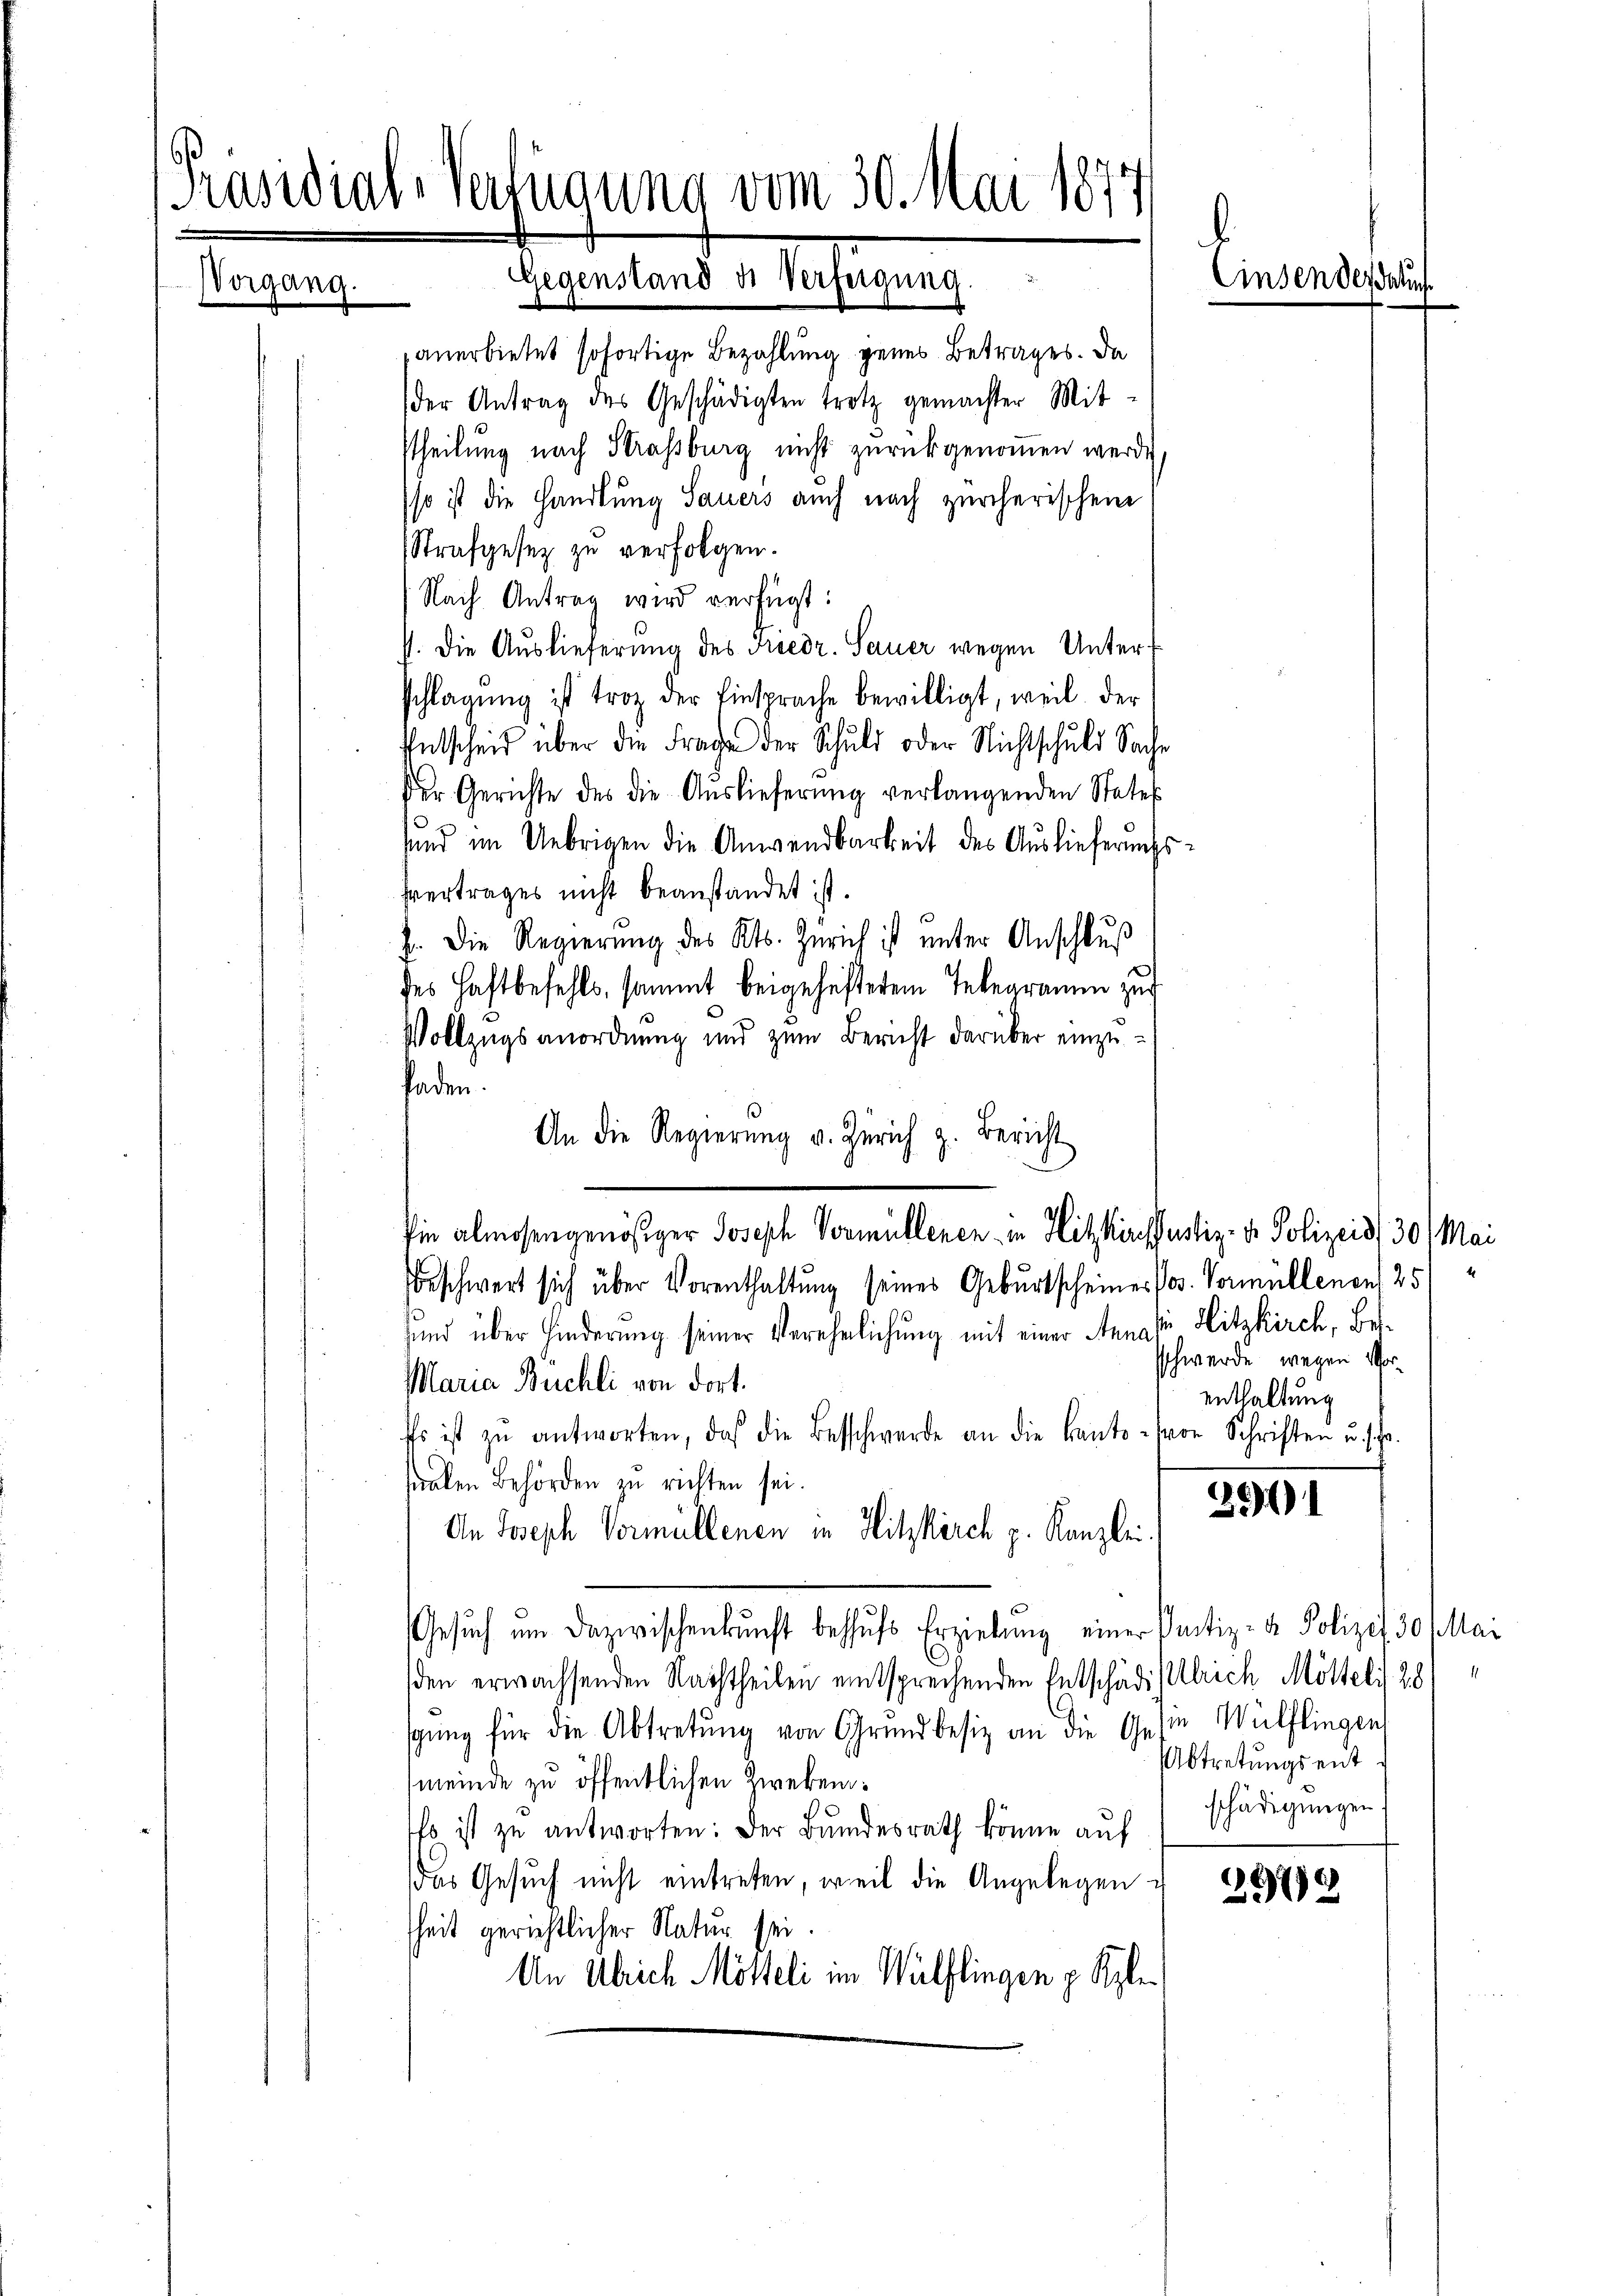
anerbietet sofortige Bezahlung genes Betrages. Da
der Antrag des Geschädigten trotz gemachter Mit-
ttheilung nach Strassburg nicht zurückgenommen werde,
so ist die Handlung Sauers auch nach zürcherischen
Strafgesez zu verfolgen.
Nach Antrag wird verfügt:
P. Die Auslieferung des Friedr. Sauer wegen Unter
schlagung ist trotz der Einsprache bewilligt, weil der
Entscheid über die Frage der Schuld oder Nichtschuld Sache
Der Gerichte des die Auslieferung verlangenden States
und im Uebrigen die Anwendbarkeit des Auslieferungs¬
Vertrages nicht beanstandet ist.
J. Die Regierung des Kts. Zürich ist unter Anschluß
ses Haftbefehls, sammt beigehesterem Telegramm zur
Vollzugsanordnung und zum Bericht darüber einzufaden.
An die Regierŭng u. Zürich z. Bericht
Ein almosen genössiger Joseph Vormüllenen in Hitzkirfsustiz- & Polizeid 30 / Mai
Beschwert sich über Vorenthaltung seines Geburtscheines Jos. Vormüllenen 25
sund über Hinderung seiner Verehelichung mit einer Annas - Hitzkirch, Besschwerde, wegen Vor¬
Maria Buchli von dort.
enthaltung
Es ist zŭ antworten, daß die Beschwerde an die Kanto von Schriften u. schr.
ralen Behörden zu richten sei.
264)
An Joseph Vormullenen in Hitzkirch p. Kanzlei.
Gesŭch um dazwischenkunft behŭfs Erzielung einer Partiz- & Polizei 30 Mai
den erwachsenden Nachtheilen entsprechenden Entschädigstelleich Möltelis 281
gŭng für die Abtretung von Grundbesiz an die Geste Wülflingen
Abtretungsent
meinde zu öffentlichen Zwekenschädigungen
Es ist zu antworten: Der Bundesrath könne auf
Das Gesuch nicht eintreten, weil die Angelegen 1890
heit gerichtlicher Natur sei
An Ulrich Mitteli im Wülflingen p. Kle

Kraswial-Verfügung vom 30. Mai 1877
d
GGegenstand u. Verfeigung.
Vorgang.

Einsen der Stuf